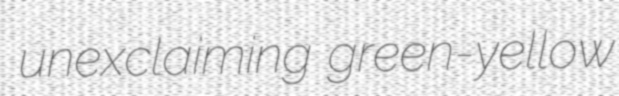
unexclaiming green-yellow